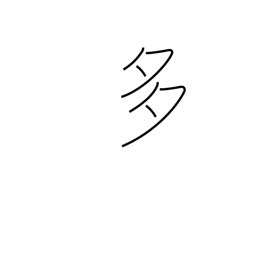
Meaning: frequent